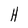
Character: H